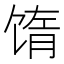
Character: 𬳅